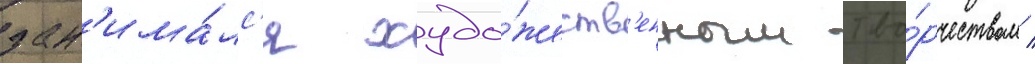
зан'има́лс'я худо́жеств'енным тво́рчеством /